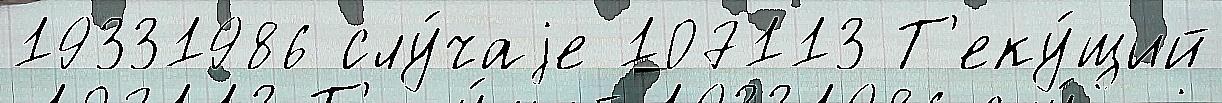
19331986 слу́чаjе 107113 Т'еку́щий